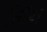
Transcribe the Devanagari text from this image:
लिंथ